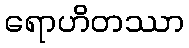
ရောဟိတဿာ